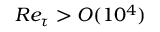
R e _ { \tau } > O ( 1 0 ^ { 4 } )